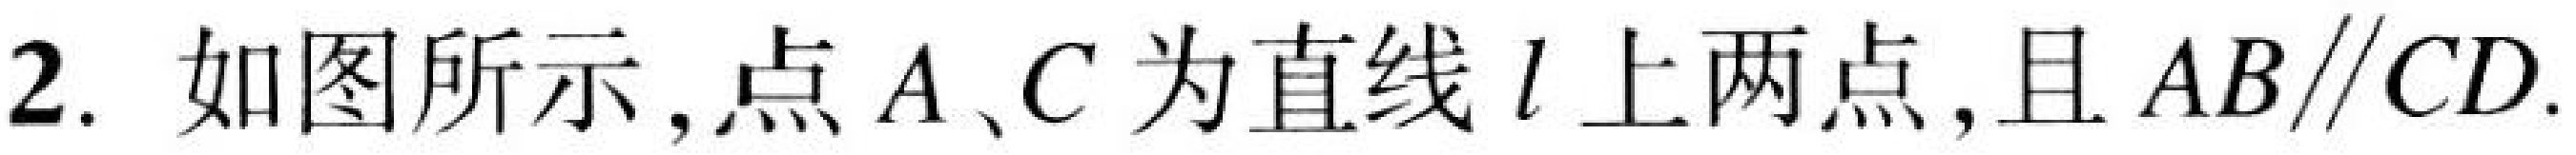
2. 如图所示,点\(A\)、\(C\)为直线\(l\)上两点,且\(AB\parallel CD\).